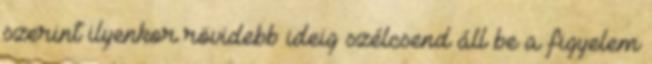
szerint ilyenkor rövidebb ideig szélcsend áll be a figyelem